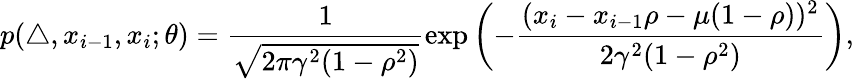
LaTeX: p(\triangle,x_{i-1},x_{i};\theta)=\frac{1}{\sqrt{2\pi\gamma^{2}(1-\rho^{2})}}\exp\left(-\frac{(x_{i}-x_{i-1}\rho-\mu(1-\rho))^{2}}{2\gamma^{2}(1-\rho^{2})}\right),